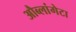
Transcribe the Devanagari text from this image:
औब्लांगेटा